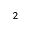
^ 2